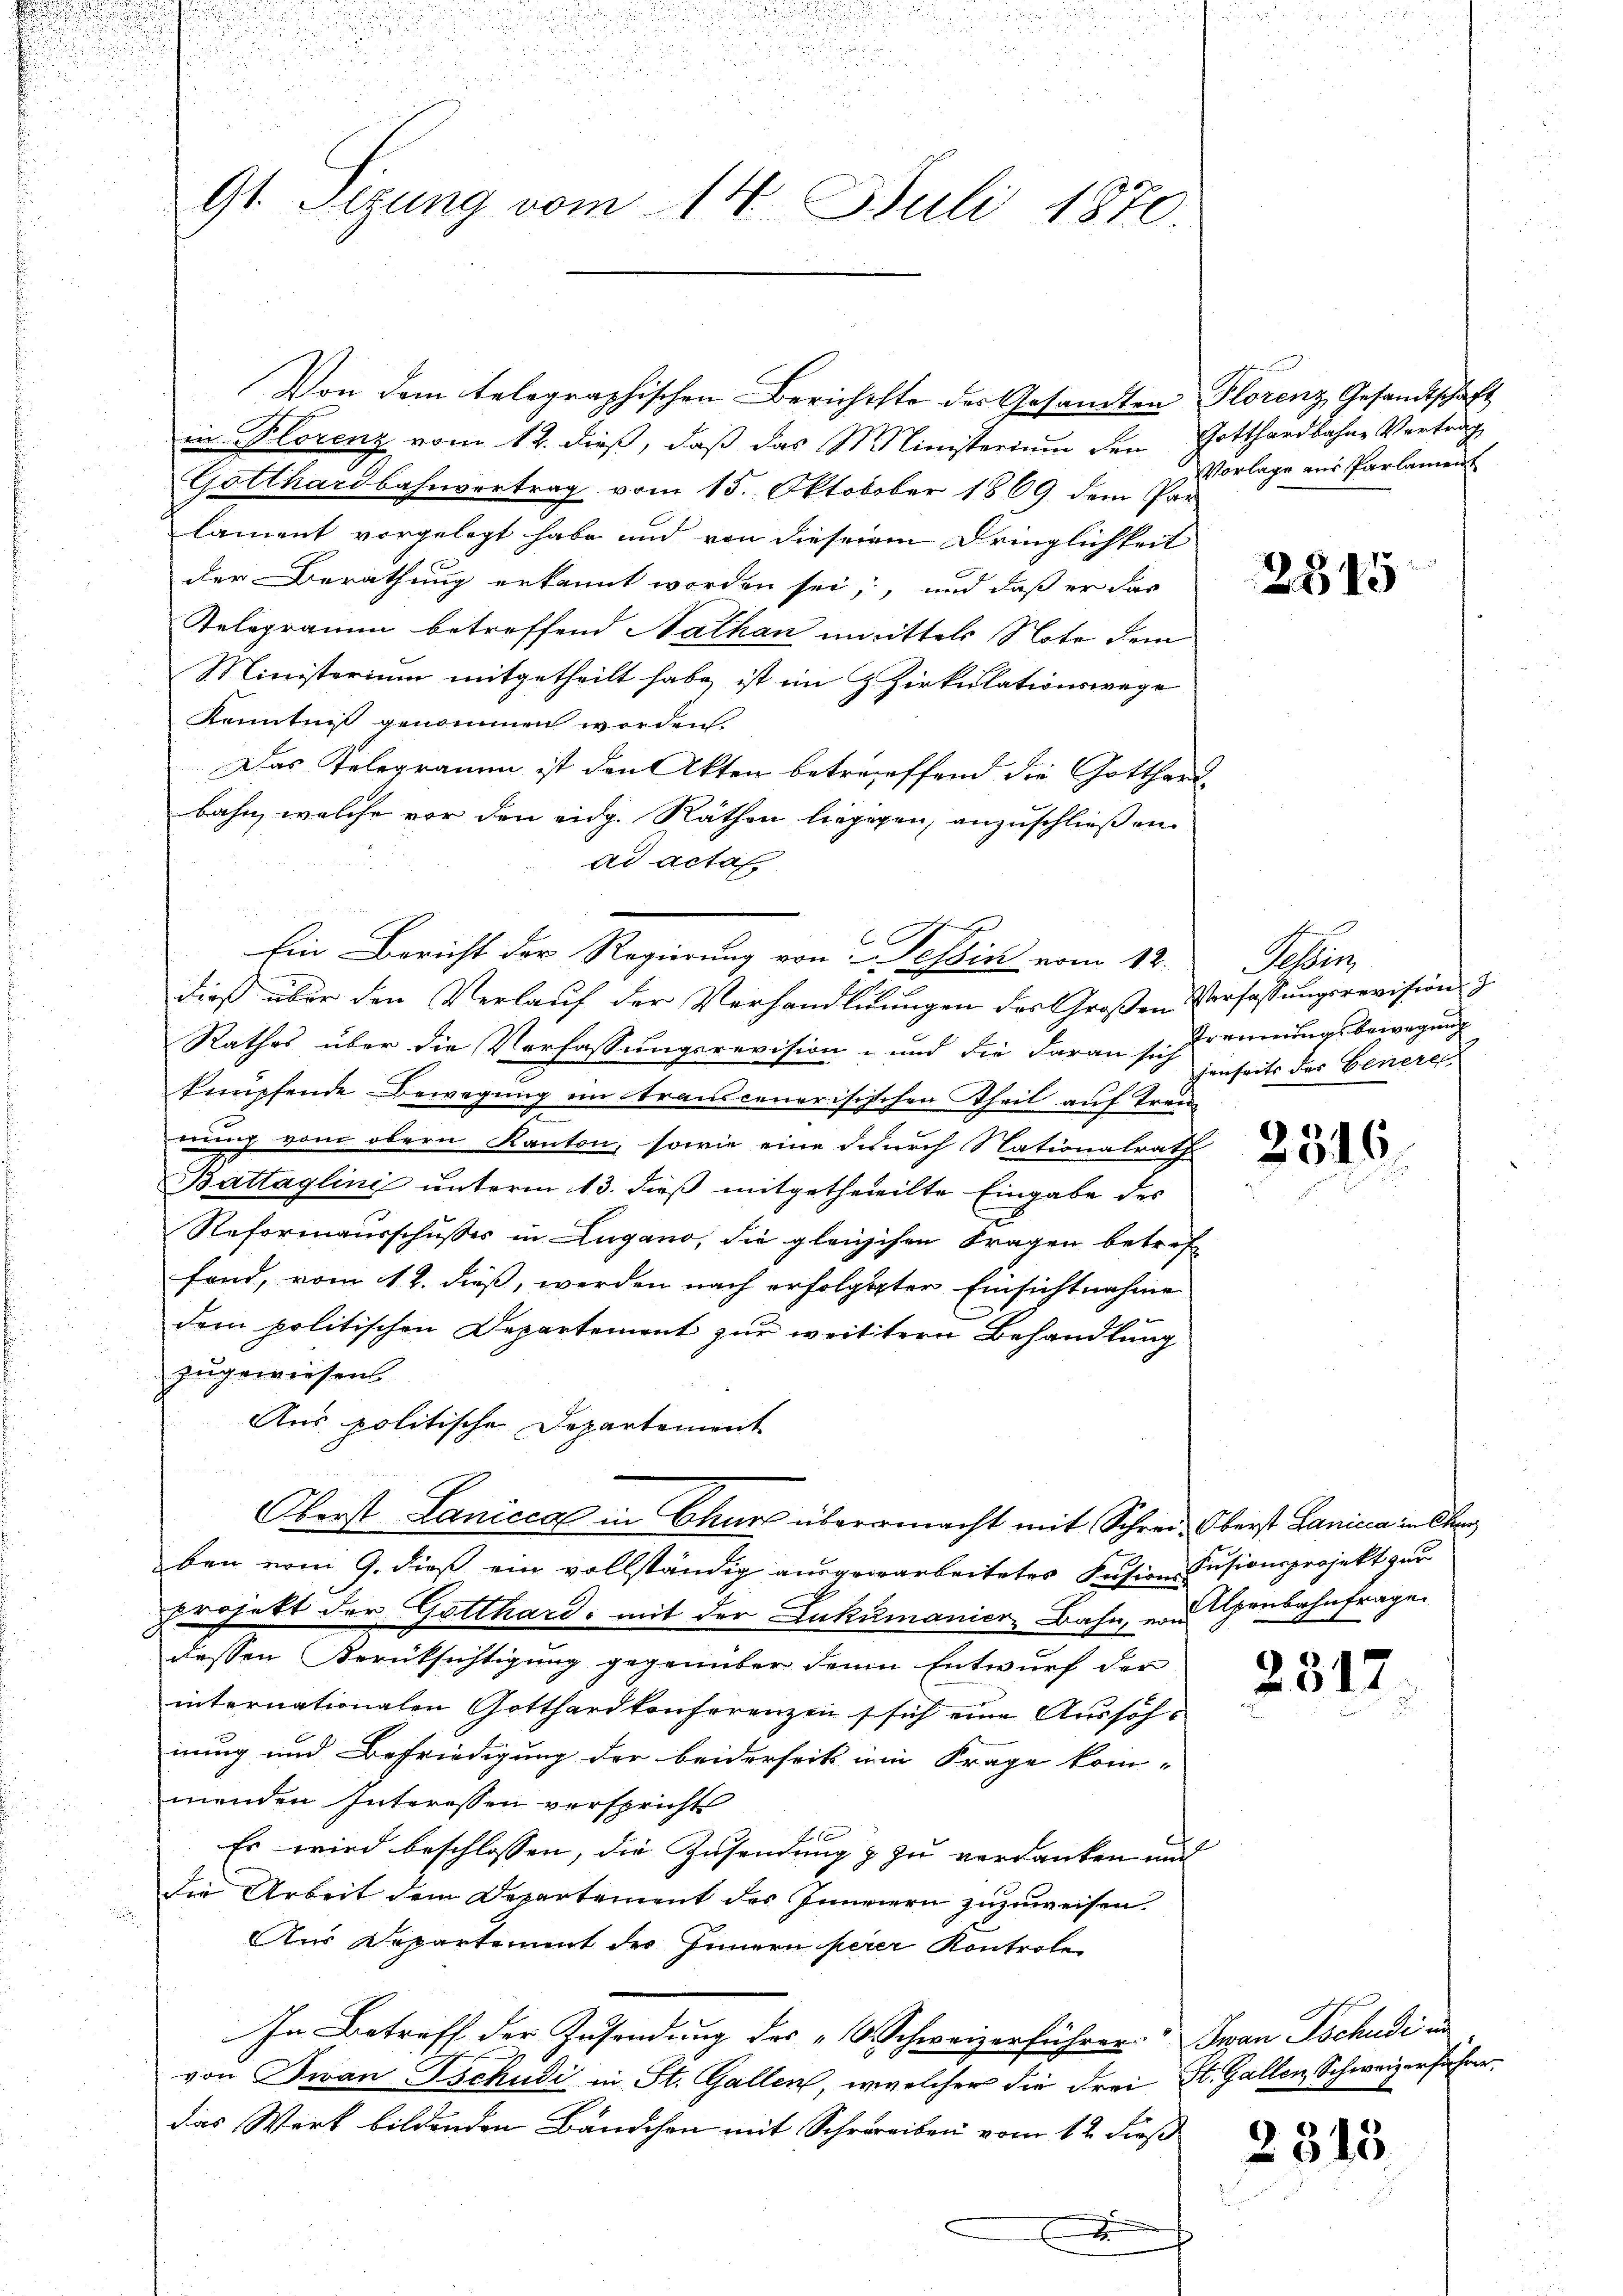
)

.

.
9t. Sizung vom 14. Juli 1870

Von dem telegraphischen Berichtste des Gesandten Florenz, Gesandtschaft
in Plorenz vom 12. dieß, daß das Ministerium den Gotthardbahne Vertrag
Gotthardbahnvertrag vom 15. Oktobober 1869 dem Par

Ein Bericht der Regierung von Tessin vom 12. Tessin,

lament vorgelegt habe und von dieseren Dringlichkeit
der Berathung erkannt worden sei, und daß er das
Relegramm betreffend Nathan unmittels Note dem
Ministerium mitgetheilt habe ist im ZZirkulationswege
Kenntniß genommen worden.
Das Telegramm ist den Akten betreffend die Gotthard-
bahn, welche vor den eidg. Räthen liegegen, anzuschließen.
ad acta
dieß über den Verlauf der Verhandluungen des Großen Verfassungsrevision d
Rathes über die Verfassungsrevision und die daran sie Trennungsbewegung
knüpfende Bewegung im Stranscenerisischen Theil auf Treu
nung vom obern Kanton, sowie eine durch Nationalrath
Battaglini unterm 13. dieß mitgetheilte Eingabe des
Reformausschusses in Lugano, die gleichen Fragen betref
fand, vom 12. dieß, werden nach erfolgteter Einsichtnahme
dem politischen Departement zur weittern Behandlung
zugewiesen
Aus politische Departement
Oberst Laniccal in Churs übermacht mit Schrei Oberst Lanica in Charg
ben vom 9. dieβ ein vollständig aŭsgearbeitetes Fusion Insionsprojekt zur
projekt der Gotthard, mit der Zukumanier, Bahn, von Genbahnfragen
dessen Berüksichtigung gegenüber denn Entwurf der
internationalen Gotthardkonferenzen sich eine Aussöh-
nung und Befriedigung der beiderseits in Frage kom-
menden Interessen verspricht
Es wird beschlossen, die Zusendung & zu verdanken und
die Arbeit dem Departement des Innerern zuzuweisen.
Aus Departement des Innern perer Kontrole
In Betreff der Zusendung des „Beschweizerführer Ivan Tschudi in
von Twan Tschudi in St. Gallen, welcher die Frei St. Gallen Schweizerführer.
das Wort bildenden Bändchen mit Schreiben vom 12. Fis
x

Vorlage aus Parlament

2345

jenseits der Generen

2316

2317

2315